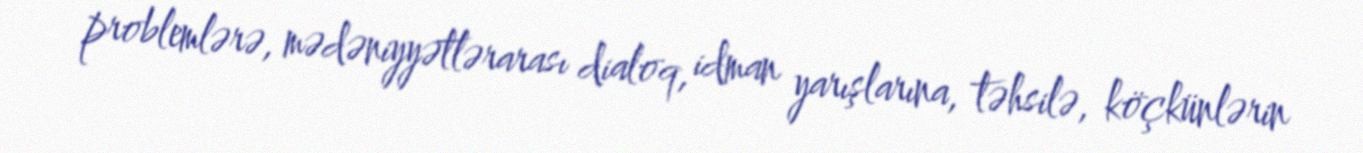
problemlərə, mədəniyyətlərarası dialoq, idman yarışlarına, təhsilə, köçkünlərin